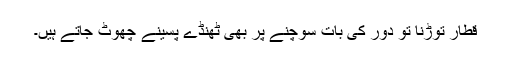
قطار توڑنا تو دور کی بات سوچنے پر بھی ٹھنڈے پسینے چھوٹ جاتے ہیں۔